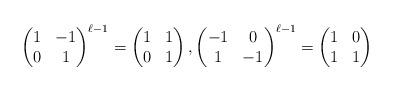
LaTeX: \begin{align*}\begin{pmatrix} 1 & -1 \\ 0 & 1 \end{pmatrix}^{\ell-1}=\begin{pmatrix} 1 & 1 \\ 0 & 1 \end{pmatrix}, \begin{pmatrix} -1 & 0 \\ 1 & -1 \end{pmatrix}^{\ell-1}=\begin{pmatrix} 1 & 0 \\ 1 & 1 \end{pmatrix}\end{align*}